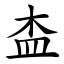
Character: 㭗